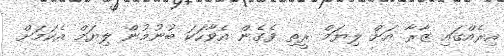
އިރެއްގައި ޒާރާ އަށް ލިޔަމް ރީތި ވެގެން އެވާހަކަ ބުނުމުން ލިޔަމް އެކަމަށް